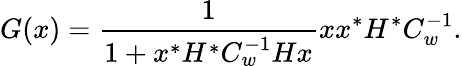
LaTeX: G(x)={\frac{1}{1+x^{*}H^{*}C_{w}^{-1}Hx}}xx^{*}H^{*}C_{w}^{-1}.